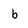
Character: b